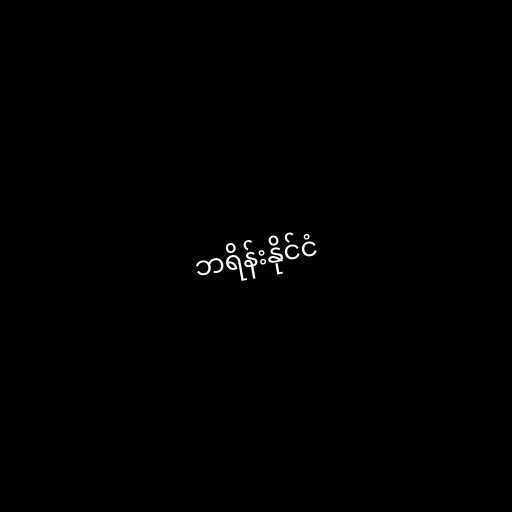
ဘရိန်းနိုင်ငံ